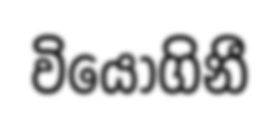
වියෝගිනී